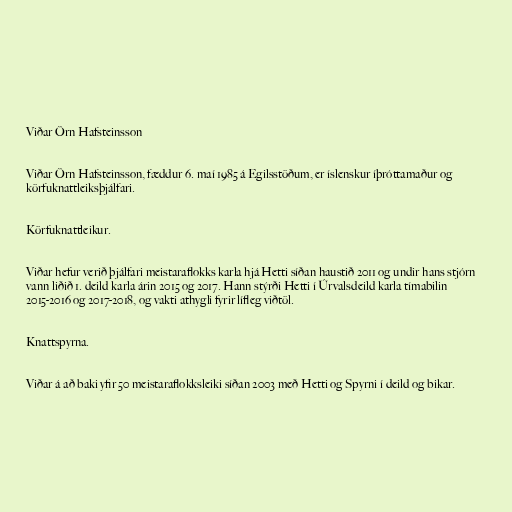
Viðar Örn Hafsteinsson

Viðar Örn Hafsteinsson, fæddur 6. maí 1985 á Egilsstöðum, er íslenskur íþróttamaður og
körfuknattleiksþjálfari.

Körfuknattleikur.

Viðar hefur verið þjálfari meistaraflokks karla hjá Hetti síðan haustið 2011 og undir hans stjórn
vann liðið 1. deild karla árin 2015 og 2017. Hann stýrði Hetti í Úrvalsdeild karla tímabilin
2015-2016 og 2017-2018, og vakti athygli fyrir lífleg viðtöl.

Knattspyrna.

Viðar á að baki yfir 50 meistaraflokksleiki síðan 2003 með Hetti og Spyrni í deild og bikar.